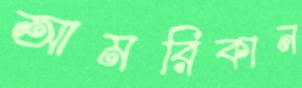
আমরিকান